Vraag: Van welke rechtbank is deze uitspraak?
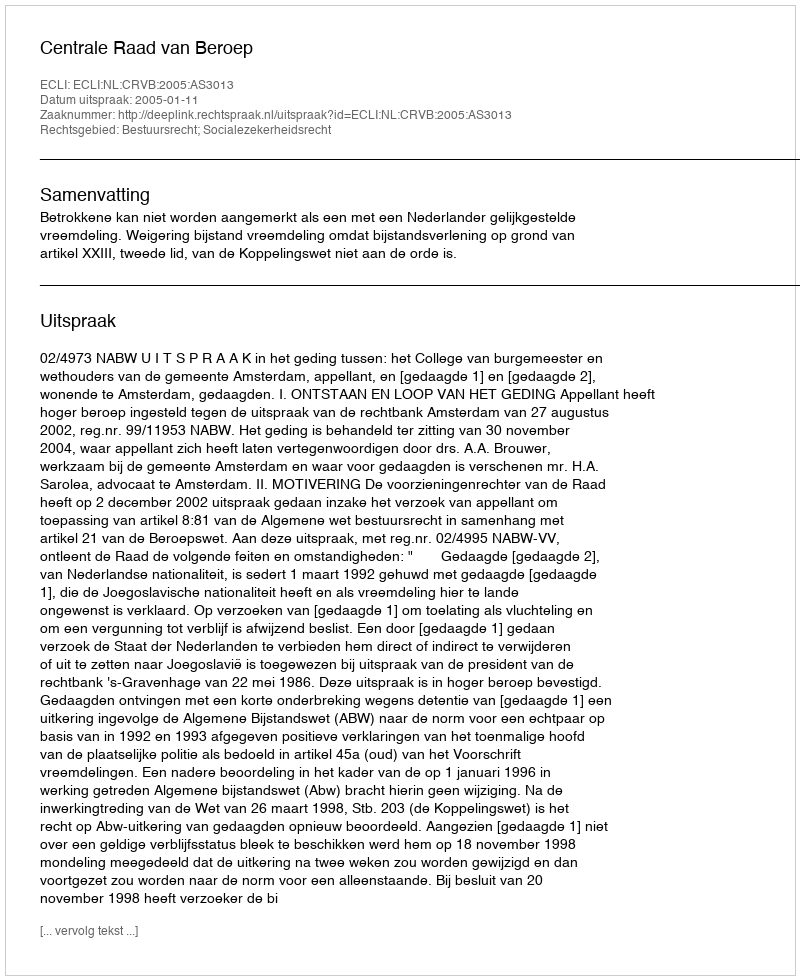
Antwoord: Centrale Raad van Beroep